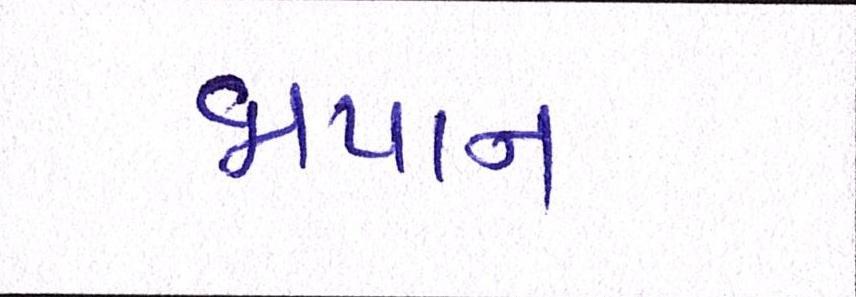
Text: જાપાનઃ